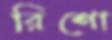
রিশো